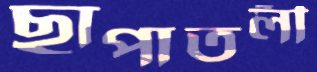
ছাপাতলী